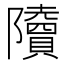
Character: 𨽤